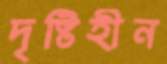
দৃষ্টিহীন